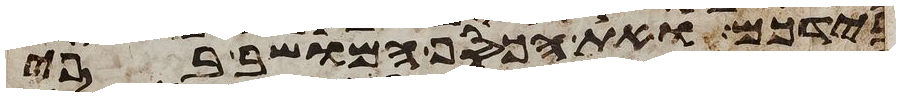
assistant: בידכם ואת הכסף המושב בפי